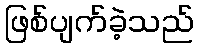
ဖြစ်ပျက်ခဲ့သည်